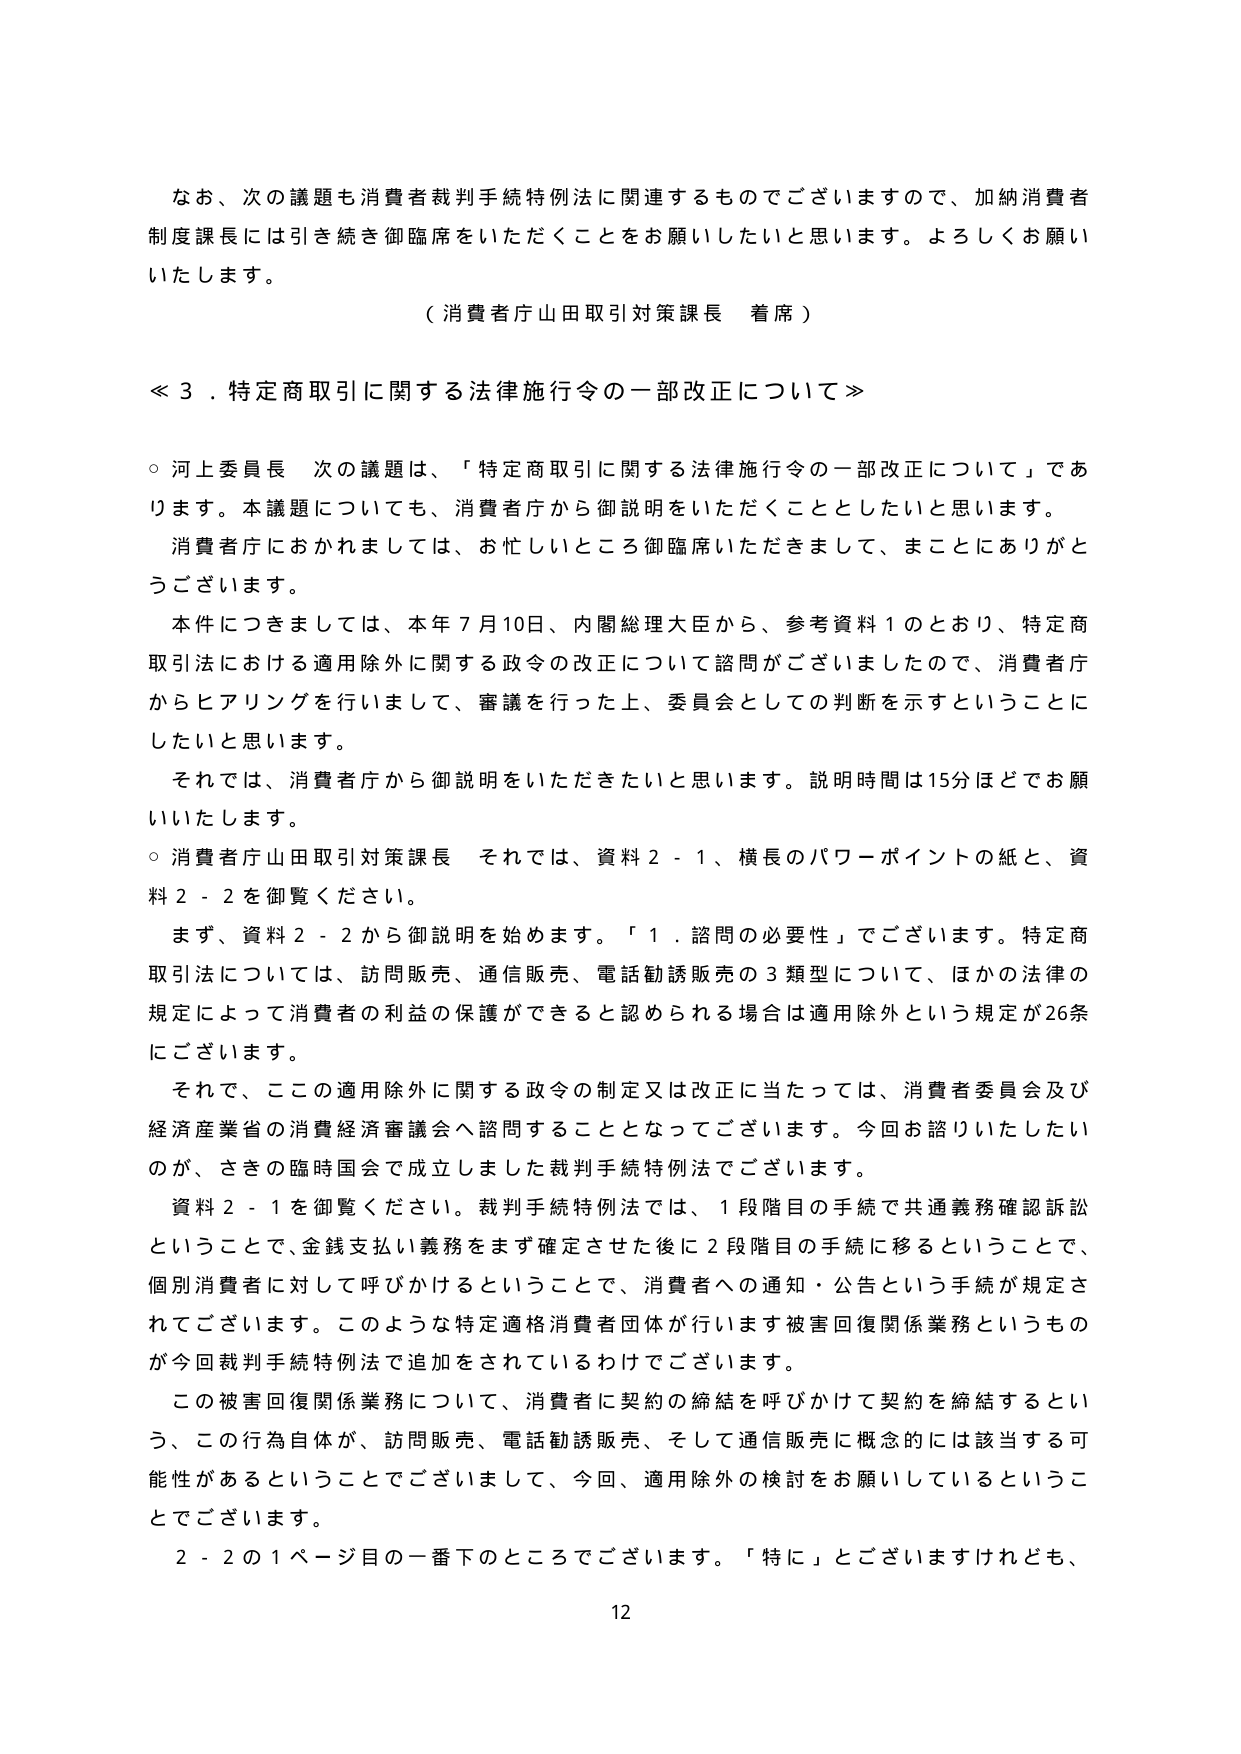
なお、次の議題も消費者裁判手続特例法に関連するものでございますので、加納消費者制度課長には引き続き御臨席をいただくことをお願いしたいと思います。よろしくお願いいたします。

（消費者庁山田取引対策課長 着席）

≪３．特定商取引に関する法律施行令の一部改正について≫

○ 河上委員長 次の議題は、「特定商取引に関する法律施行令の一部改正について」であります。本議題についても、消費者庁から御説明をいただくこととしたいと思います。消費者庁におかれましては、お忙しいところ御臨席いただきまして、まことにありがとうございます。

本件につきましては、本年７月10日、内閣総理大臣から、参考資料１のとおり、特定商取引法における適用除外に関する政令の改正について諮問がございましたので、消費者庁からヒアリングを行いまして、審議を行った上、委員会としての判断を示すということにしたいと思います。

それでは、消費者庁から御説明をいただきたいと思います。説明時間は15分ほどでお願いいたします。

○ 消費者庁山田取引対策課長 それでは、資料２－１、横長のパワーポイントの紙と、資料２－２を御覧ください。

まず、資料２－２から御説明を始めます。「１．諮問の必要性」でございます。特定商取引法については、訪問販売、通信販売、電話勧誘販売の３類型について、ほかの法律の規定によって消費者の利益の保護ができると認められる場合は適用除外という規定が26条にございます。

それで、ここの適用除外に関する政令の制定又は改正に当たっては、消費者委員会及び経済産業省の消費経済審議会へ諮問することとなってございます。今回お諮りいたしたいのが、さきの臨時国会で成立しました裁判手続特例法でございます。

資料２－１を御覧ください。裁判手続特例法では、１段階目の手続で共通義務確認訴訟ということで、金銭支払い義務をまず確定させた後に２段階目の手続に移るということで、個別消費者に対して呼びかけるということで、消費者への通知・公告という手続が規定されてございます。このような特定適格消費者団体が行います被害回復関係業務というものが今回裁判手続特例法で追加をされているわけでございます。

この被害回復関係業務について、消費者に契約の締結を呼びかけて契約を締結するという、この行為自体が、訪問販売、電話勧誘販売、そして通信販売に概念的には該当する可能性があるということでございまして、今回、適用除外の検討をお願いしているということでございます。

２－２の１ページ目の一番下のところでございます。「特に」とございますけれども、

12